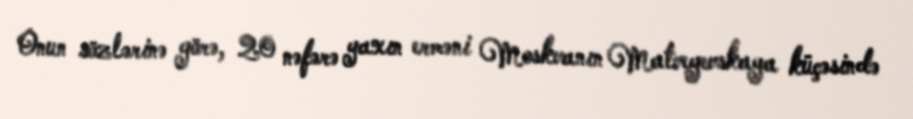
Onun sözlərinə görə, 20 nəfərə yaxın erməni Moskvanın Matveyevskaya küçəsində